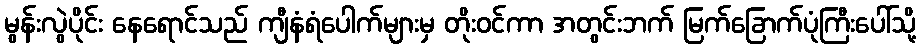
မွန်းလွဲပိုင်း နေရောင်သည် ကျီနံရံပေါက်များမှ တိုးဝင်ကာ အတွင်းဘက် မြက်ခြောက်ပုံကြီးပေါ်သို့